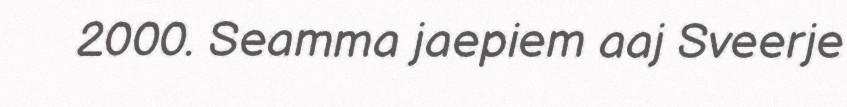
2000. Seamma jaepiem aaj Sveerje